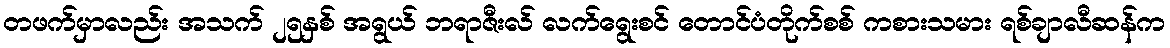
တဖက်မှာလည်း အသက် ၂၅နှစ် အရွယ် ဘရာဇီးလ် လက်ရွေးစင် တောင်ပံတိုက်စစ် ကစားသမား ရစ်ချာလီဆန်က